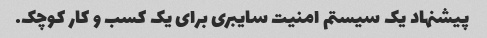
پیشنهاد یک سیستم امنیت سایبری برای یک کسب و کار کوچک.